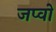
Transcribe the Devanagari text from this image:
जप्वो